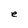
Character: e